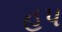
હપ